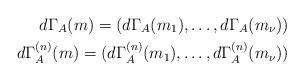
LaTeX: \begin{align*}d\Gamma_A(m)=(d\Gamma_A(m_1),\dots,d\Gamma_A(m_{\nu}))\\d\Gamma_A^{(n)}(m)=(d\Gamma_A^{(n)}(m_1),\dots,d\Gamma_A^{(n)}(m_{\nu}))\end{align*}